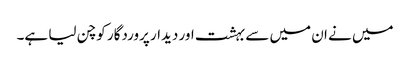
میں نے ان میں سے بہشت اور دیدار پروردگار کو چن لیا ہے۔